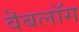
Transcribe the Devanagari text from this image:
वॆबलॉग